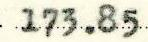
173.85